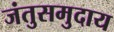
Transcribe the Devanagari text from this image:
जंतुसमुदाय